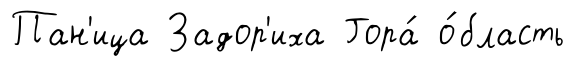
Пан'ица Задор'иха Гора́ о́бласть